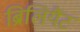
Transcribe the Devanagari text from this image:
ब्रिलियैंट